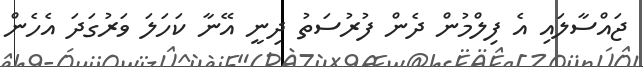
ޖައްސާލައި އެ ފިލްމުން ދެން ފުރުސަތު ދިނީ އޭނާ ކަހަލަ ވަރުގަދަ އެހެން